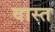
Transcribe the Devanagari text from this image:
वास्त